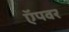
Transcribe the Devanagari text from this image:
ऍपवर